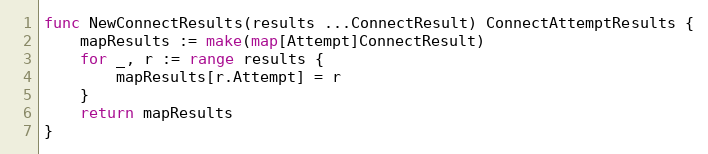
Language: Go
func NewConnectResults(results ...ConnectResult) ConnectAttemptResults {
	mapResults := make(map[Attempt]ConnectResult)
	for _, r := range results {
		mapResults[r.Attempt] = r
	}
	return mapResults
}